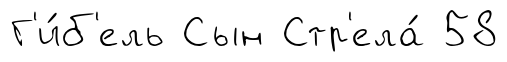
Г'и́б'ель Сын Стр'ела́ 58